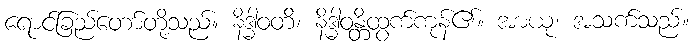
ရောင်ခြည်တော်တို့သည်။ နိဒ္ဓါဝတိ၊ နိဒ္ဓါဝန္တိထွက်ကုန်၏။ အာယု၊ အသက်သည်။